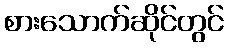
စားသောက်ဆိုင်တွင်